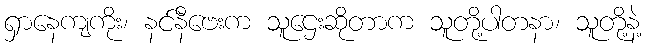
ရှာနေကျကိုး၊ နင်နီဗေးက သူဌေးဆိုတာက သူတို့ပါတနာ၊ သူတို့နဲ့